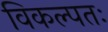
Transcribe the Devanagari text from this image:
विकल्पतः